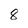
Character: 8